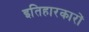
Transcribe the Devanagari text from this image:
इतिहारकारों